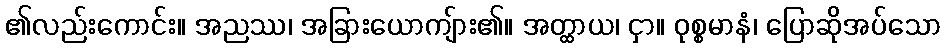
၏လည်းကောင်း။ အညဿ၊ အခြားယောကျ်ား၏။ အတ္ထာယ၊ ငှာ။ ဝုစ္စမာနံ၊ ပြောဆိုအပ်သော